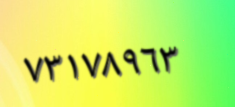
٧٣١٧٨٩٦٣